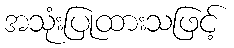
အသုံးပြုထားသဖြင့်